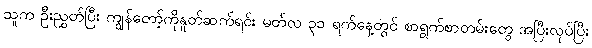
သူက ဦးညွှတ်ပြီး ကျွန်တော့်ကိုနှုတ်ဆက်ရင်း မတ်လ ၃၁ ရက်နေ့တွင် စာရွက်စာတမ်းတွေ အပြီးလုပ်ပြီး